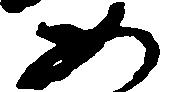
如